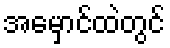
အမှောင်ထဲတွင်